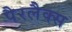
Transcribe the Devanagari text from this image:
पैरलैक्स